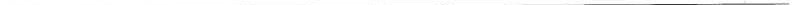
___